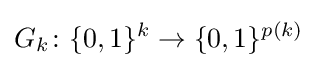
G_{k}\colon \{0,1\}^{k}\to \{0,1\}^{p(k)}